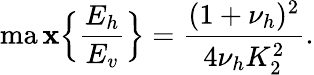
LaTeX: \operatorname*{ma\mathbf{x}}\Bigl\{ \frac{{E_{h}}}{{E_{v}}}\Bigr\} =\frac{{(1+\nu_{h})^{2}}}{{4\nu_{h}K_{2}^{2}}}.